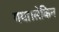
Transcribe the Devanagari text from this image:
गया।लेकिन